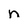
Character: n